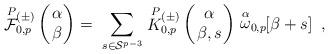
LaTeX: \begin{align*}\stackrel{P}{\cal F}{}\!\!_{0,p}^{(\pm)} \left( \begin{array}{c} \!\!\alpha \!\!\\ \!\!\beta \!\!\end{array} \right) = \; \sum_{s\in{\cal S}^{p-3} } \stackrel{P}{K}{}\!\!_{0,p}^{(\pm)} \left( \begin{array}{c} \!\!\alpha\!\! \\ \!\!\beta,s\!\! \end{array} \right) \stackrel{\alpha}{\omega}_{0,p}\!\! \lbrack \beta+s \rbrack \;\;,\end{align*}